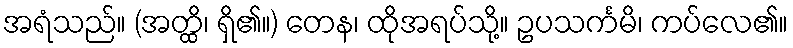
အရံသည်။ (အတ္ထိ၊ ရှိ၏။) တေန၊ ထိုအရပ်သို့။ ဥပသင်္ကမိ၊ ကပ်လေ၏။